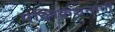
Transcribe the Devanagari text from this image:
पब्लिकेशन्सनी